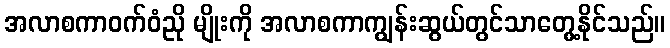
အလာစကာဝက်ဝံညို မျိုးကို အလာစကာကျွန်းဆွယ်တွင်သာတွေ့နိုင်သည်။